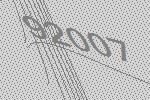
92007